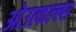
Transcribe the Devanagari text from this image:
ओउत्फल्ल्स